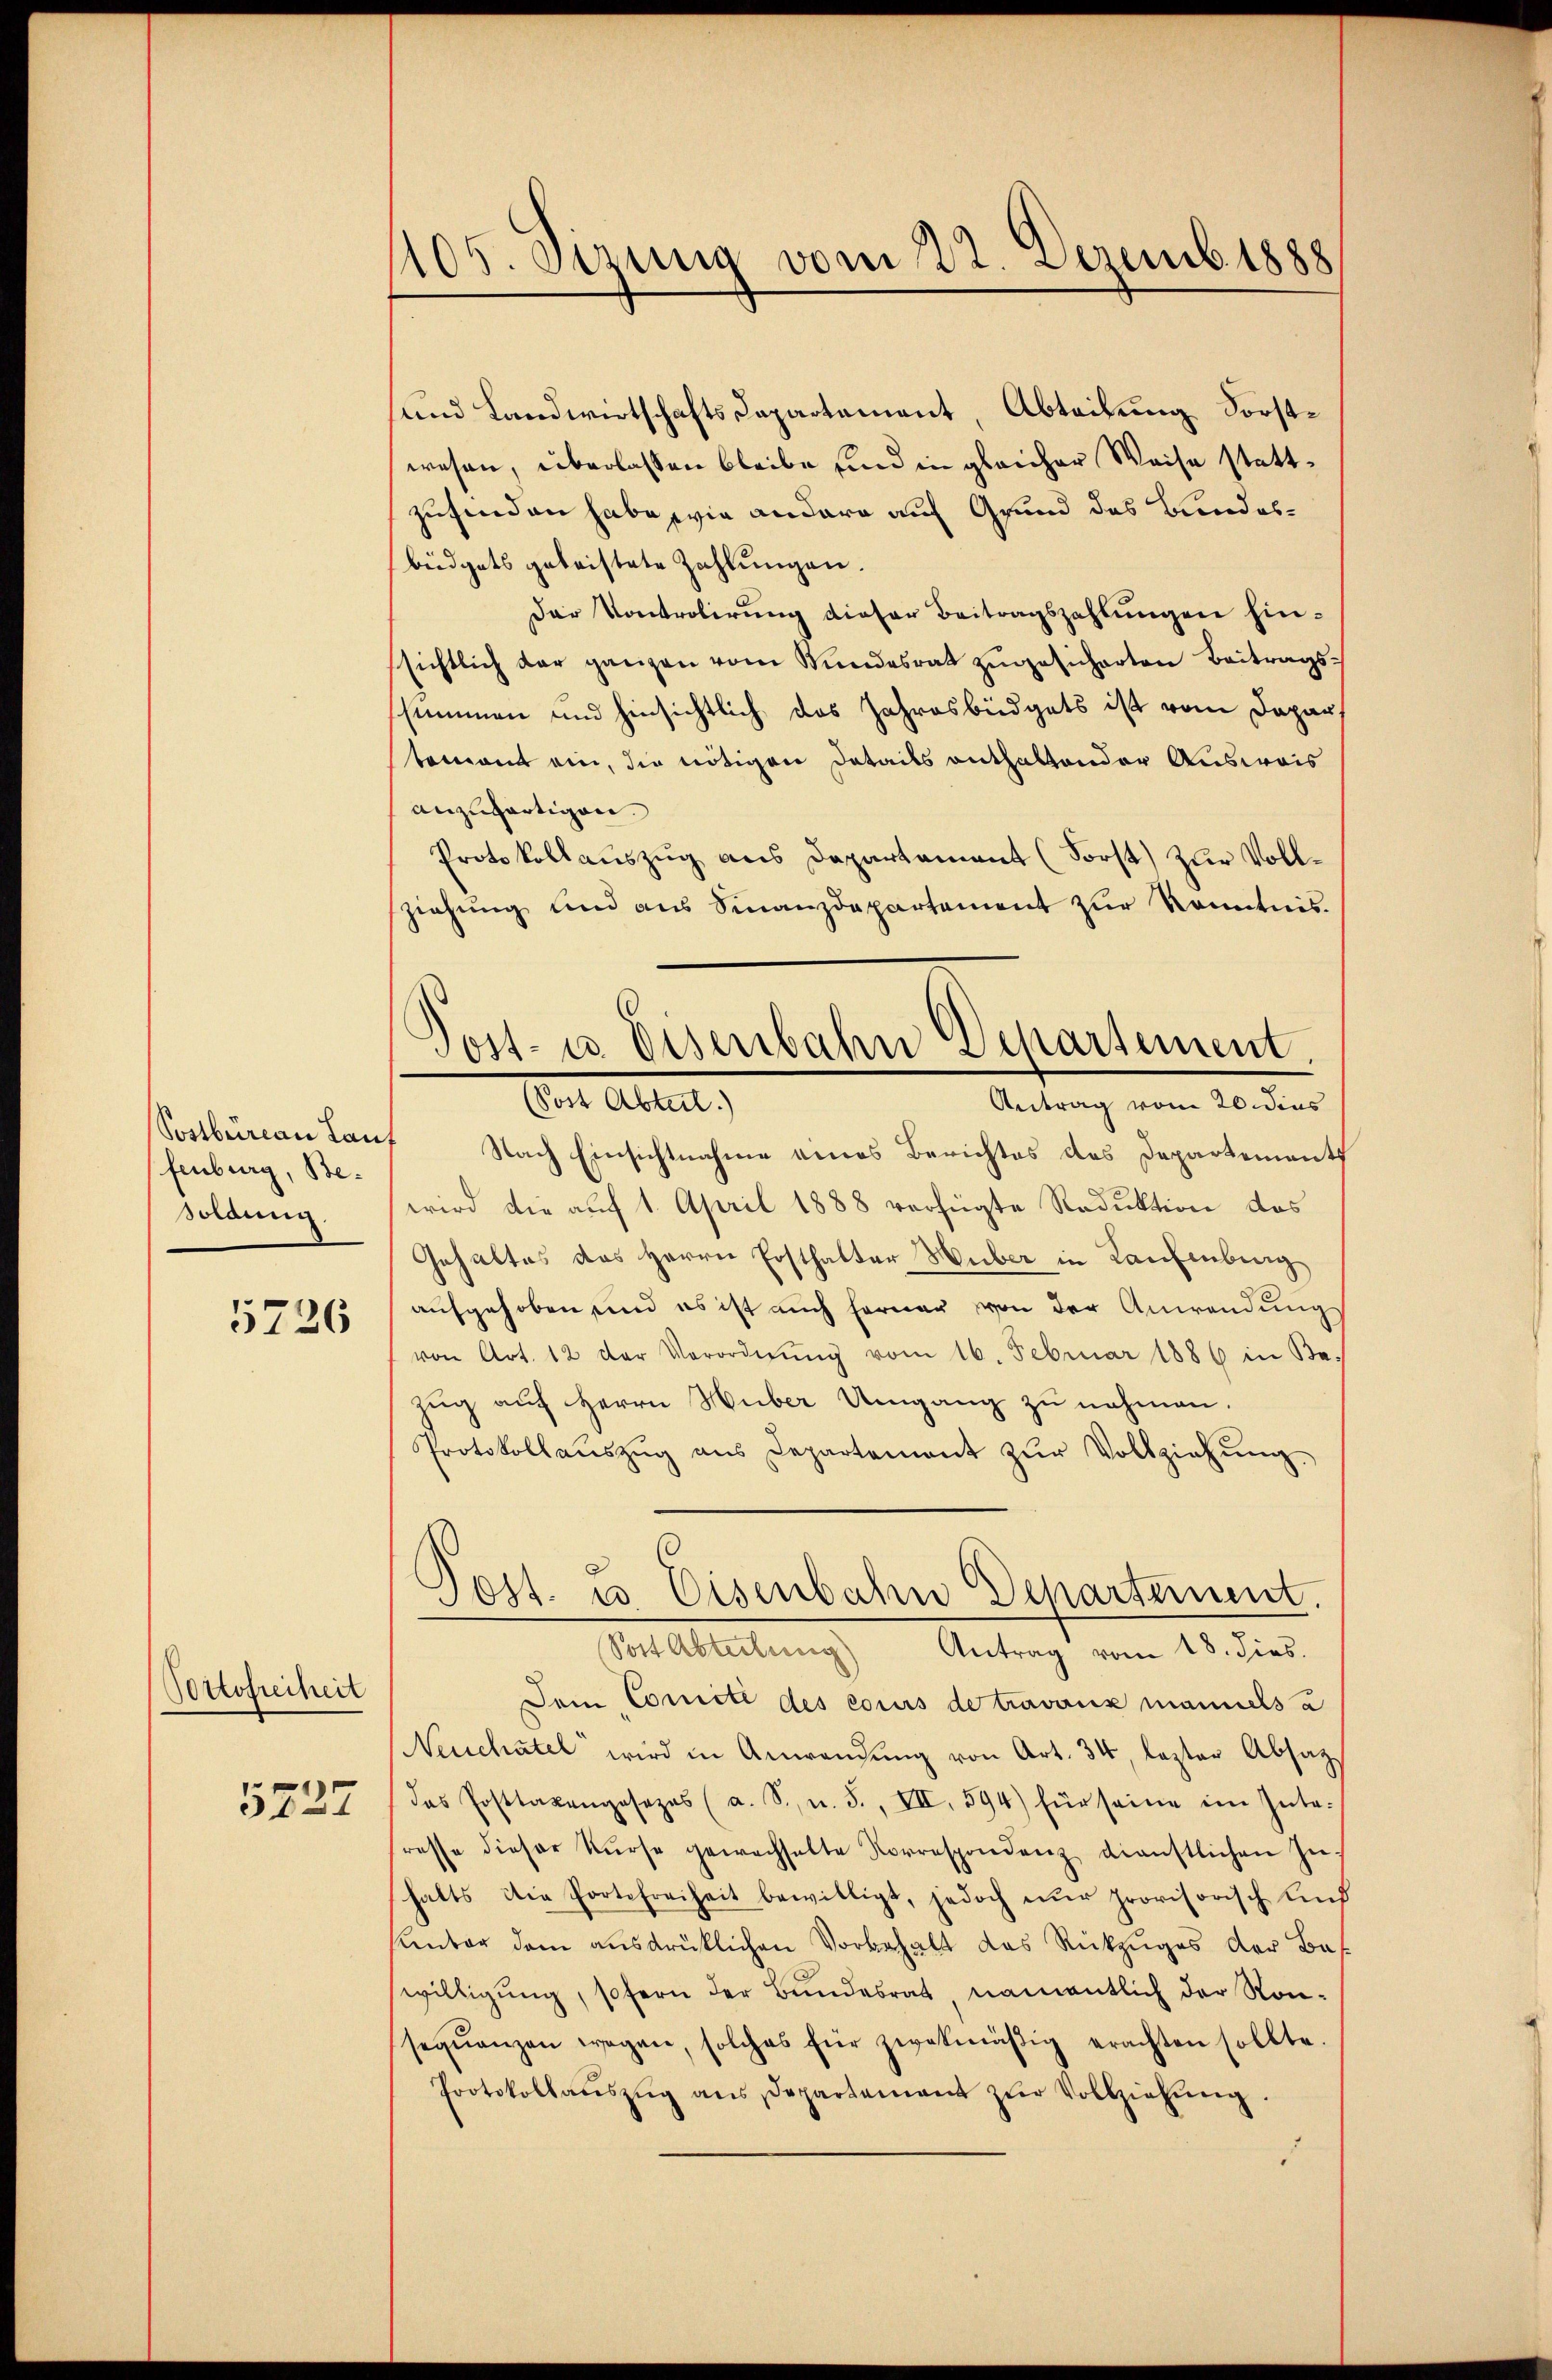
fenburg, Besoldung

5726

Portofreiheit

5227

105. Sizung vom 22. Dezemb. 1888

und Landwirtschafts-Capartement, Abteilung Forstwesen, überlassen bleibe sind in gleicher Weise stattzufinden habe, wie andern auf Grund das Bundesbüdgets geleistete Zahlungen.
Der Kontrolirung dieser Beitragszahlungen hinsichtlich der ganzen vom Bundesrat zugesicherten Beitragsssummen und hinsichtlich das Jahresbüdgets ist vom Depar
toment ein, die nötigen Details enthaltender Ausweis
anzugartigen.
Protokollauszug aus Departament (Forst) zur Vollsziehŭng und aŭs Finanzdepartement zŭr Kenntnis.
Postbüreau Laut Nach Einsichtnahme eines Berichtes des Departements
wird die auf 1. April 1888 verfügte Reduktion das
Gehaltes des Herrn Ersthalter Huber in Laufenburg
aufgehoben und es ist auch ferner von der Anwendung
von Art. 12 der Verordnŭng vom 16. Februar 1886 in Be¬
Zug auf Herrn Huber Umgang zu nehmen.
Protokollaŭszŭg ans Departement zŭr Vollziehŭng.
Post. u Eisenbahn Departement.
Post Abteilung Antrag vom 18. dies.
Dein Comité des cours de travaux manuels a
Neuchâtel wird in Anwendŭng von Art. 34, lezter Absatz
das Posttaxengesezes (a. S. u. S., VII, 594) für seine im Inte-
resse dieser Kurse gewachselte Korrespondenz dienstlichen In-
halts die Portefreiheit bewilligt, jedoch nur provisorisch auch
sunter dem ausdrüklichen Vorbehalt das Rückzuges der Bef
willigung, sofern der Bundesrat, namentlich der Ronseqŭenzen wegen, solches für zwekmäβig erachten sollte.
Protokollaŭszŭg ans Departement zŭr Vollziehŭng.

Post- u. Eisenbahn Departement.
Eine Abteilt.
Antrag vom 20. dies